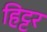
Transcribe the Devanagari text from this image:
हिट्टर